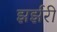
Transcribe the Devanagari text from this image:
झर्झरी